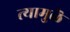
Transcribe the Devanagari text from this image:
त्यामुळॆ